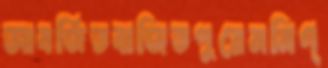
আবর্জিতবাজিতপুরেমনিগ্